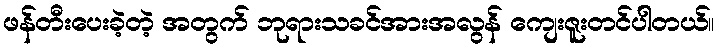
ဖန်တီးပေးခဲ့တဲ့ အတွက် ဘုရားသခင်အားအလွန် ကျေးဇူးတင်ပါတယ်။